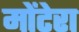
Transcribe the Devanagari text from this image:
मोंटेरा